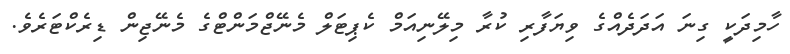
ހާމިދަކީ ގިނަ އަދަދެއްގެ ވިޔަފާރި ކުރާ މިލޭނިއަމް ކެޕިޓަލް މެނޭޖްމަންޓްގެ މެނޭޖިން ޑިރެކްޓަރެވެ.